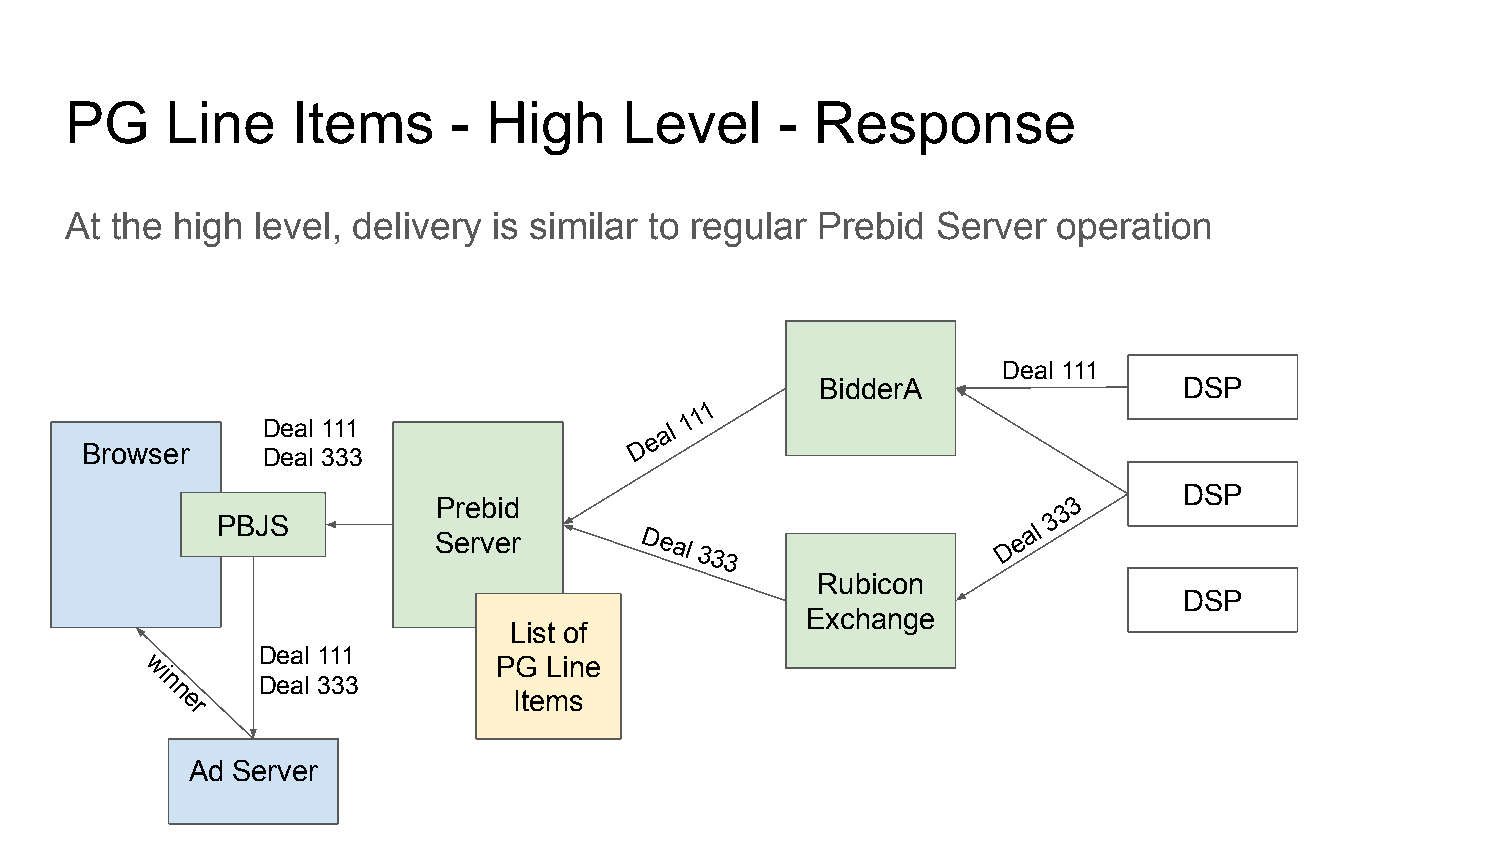
PG     Line    Items      - High     Level     -  Response
 At the high  level, delivery is similar to regular Prebid Server  operation
 Deal 111
 BidderA                 DSP
 1 1 1
 Deal 111                   al
 e
 Browser     Deal 333                 D
 DSP
 Prebid                                   3 3
 PBJS
 al
 3
 Server       Deal
 333
 D
 e
 Rubicon
 DSP
 Exchange
 List of
 Deal 111
 PG Line
 wi
 n      Deal 333
 n                      Items
 er
 Ad Server